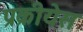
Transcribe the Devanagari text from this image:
प्रक्रीयेस